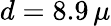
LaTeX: d=8.9\, \mu